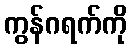
ကွန်ဂရက်ကို